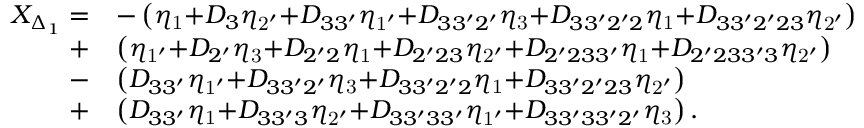
\begin{array} { r l } { X _ { \Delta _ { 1 } } = } & { - \left( { { \eta _ { \mathrm { { 1 } } } } { \mathrm { + } } { D _ { 3 } } { \eta _ { \mathrm { { 2 ^ { \prime } } } } } { \mathrm { + } } { D _ { 3 3 ^ { \prime } } } { \eta _ { \mathrm { { 1 ^ { \prime } } } } } { \mathrm { + } } { D _ { 3 3 ^ { \prime } 2 ^ { \prime } } } { \eta _ { \mathrm { { 3 } } } } { \mathrm { + } } { D _ { 3 3 ^ { \prime } 2 ^ { \prime } 2 } } { \eta _ { \mathrm { { 1 } } } } { \mathrm { + } } { D _ { 3 3 ^ { \prime } 2 ^ { \prime } 2 3 } } { \eta _ { \mathrm { { 2 ^ { \prime } } } } } } \right) } \\ { + } & { \left( { { \eta _ { { \mathrm { 1 ^ { \prime } } } } } \mathrm { { + } } { D _ { 2 ^ { \prime } } } { \eta _ { \mathrm { 3 } } } \mathrm { { + } } { D _ { 2 ^ { \prime } 2 } } { \eta _ { \mathrm { 1 } } } \mathrm { { + } } { D _ { 2 ^ { \prime } 2 3 } } { \eta _ { { \mathrm { 2 ^ { \prime } } } } } \mathrm { { + } } { D _ { 2 ^ { \prime } 2 3 3 ^ { \prime } } } { \eta _ { \mathrm { 1 } } } \mathrm { { + } } { D _ { 2 ^ { \prime } 2 3 3 ^ { \prime } 3 } } { \eta _ { { \mathrm { 2 ^ { \prime } } } } } } \right) } \\ { - } & { \left( { { D _ { 3 3 ^ { \prime } } } { \eta _ { \mathrm { { 1 ^ { \prime } } } } } { \mathrm { + } } { D _ { 3 3 ^ { \prime } 2 ^ { \prime } } } { \eta _ { \mathrm { { 3 } } } } { \mathrm { + } } { D _ { 3 3 ^ { \prime } 2 ^ { \prime } 2 } } { \eta _ { \mathrm { { 1 } } } } { \mathrm { + } } { D _ { 3 3 ^ { \prime } 2 ^ { \prime } 2 3 } } { \eta _ { \mathrm { { 2 ^ { \prime } } } } } } \right) } \\ { + } & { \left( { { D _ { 3 3 ^ { \prime } } } { \eta _ { \mathrm { 1 } } } \mathrm { { + } } { D _ { 3 3 ^ { \prime } 3 } } { \eta _ { { \mathrm { 2 ^ { \prime } } } } } \mathrm { { + } } { D _ { 3 3 ^ { \prime } 3 3 ^ { \prime } } } { \eta _ { { \mathrm { 1 ^ { \prime } } } } } \mathrm { { + } } { D _ { 3 3 ^ { \prime } 3 3 ^ { \prime } 2 ^ { \prime } } } { \eta _ { \mathrm { 3 } } } } \right) . } \end{array}